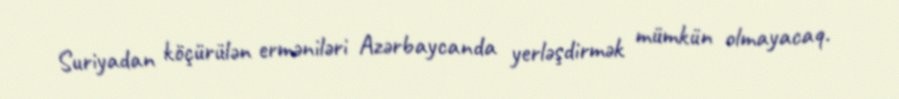
Suriyadan köçürülən erməniləri Azərbaycanda yerləşdirmək mümkün olmayacaq.